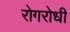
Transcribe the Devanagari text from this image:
रोगरोधी